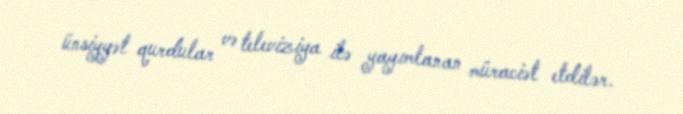
ünsiyyət qurdular və televiziya ilə yayımlanan müraciət etdilər.